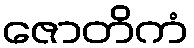
ဇောတိကံ